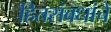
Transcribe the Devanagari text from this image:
हितसंबधांचे